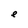
Character: e